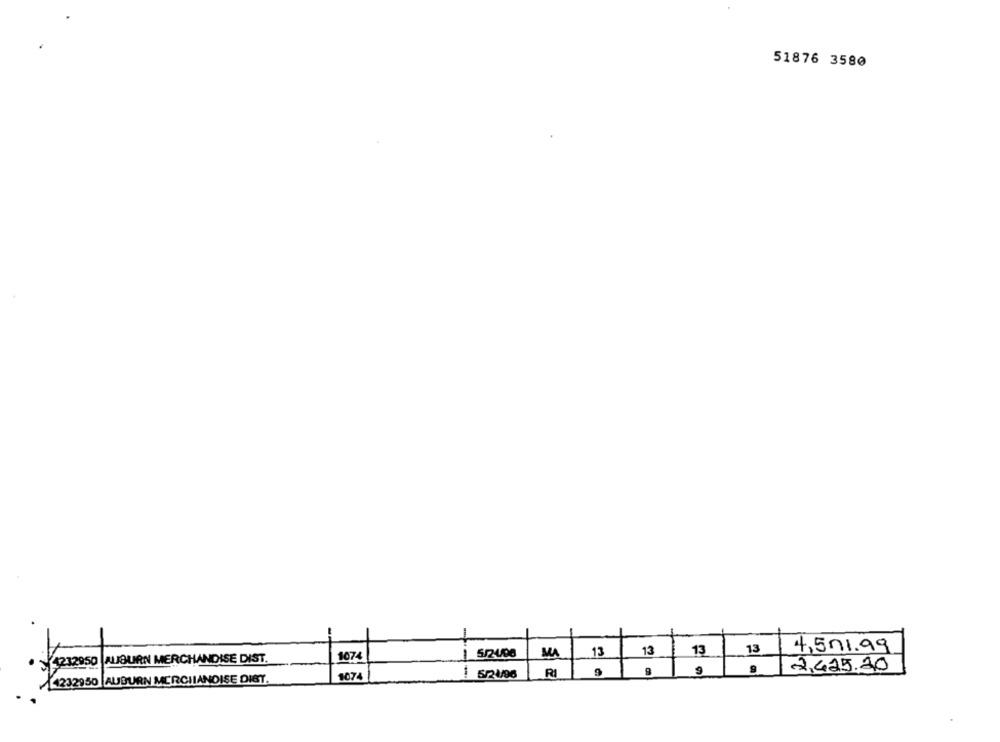
51876 3580
1 5/2496
MA
13
13
13
13
4,501.99
4212950 |AUBURN MERCHANDISE DIST.
1074
9
1 5/24/96
RI
2,425.20
4232950 AUBURN MERCHANDISE DIST.
1074